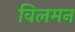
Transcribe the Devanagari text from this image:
विलमन